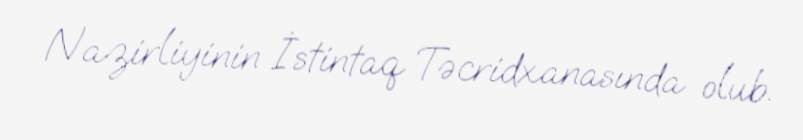
Nazirliyinin İstintaq Təcridxanasında olub.